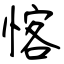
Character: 愘